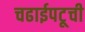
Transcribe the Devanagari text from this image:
चढाईपटूची